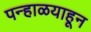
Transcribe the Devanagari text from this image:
पन्हाळयाहून